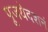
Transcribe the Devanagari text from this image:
पूजयेदशनं